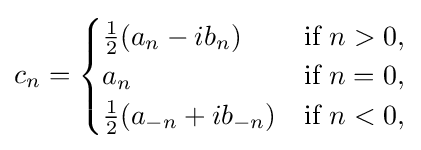
c_{n}={\begin{cases}{\tfrac {1}{2}}(a_{n}-ib_{n})&{\text{if }}n>0,\\a_{n}&{\text{if }}n=0,\\{\tfrac {1}{2}}(a_{-n}+ib_{-n})&{\text{if }}n<0,\\\end{cases}}